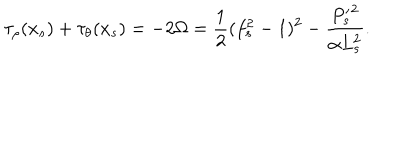
LaTeX: \tau _ { \rho } ( x _ { s } ) + \tau _ { \theta } ( x _ { s } ) = - 2 \Omega = \frac { 1 } { 2 } ( f _ { s } ^ { 2 } - 1 ) ^ { 2 } - \frac { { P _ { s } ^ { \prime } } ^ { 2 } } { \alpha L _ { s } ^ { 2 } } .